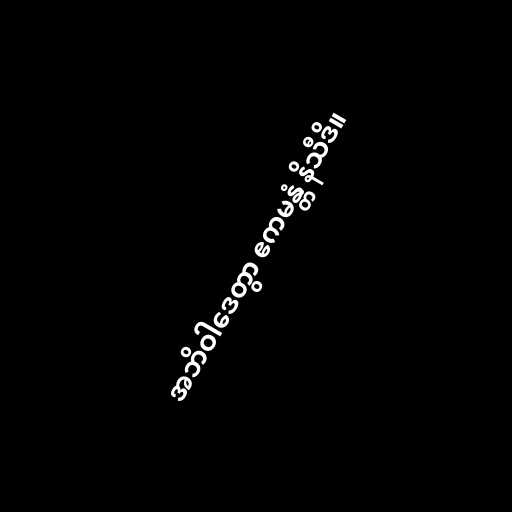
အဘိဝါဒေတွာ ဧကမန္တံ နိသီဒိ။